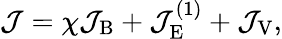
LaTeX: \mathcal{J}=\chi\mathcal{J}_{\mathrm{B}}+\mathcal{J}_{\mathrm{E}}^{(1)}+\mathcal{J}_{\mathrm{V}},